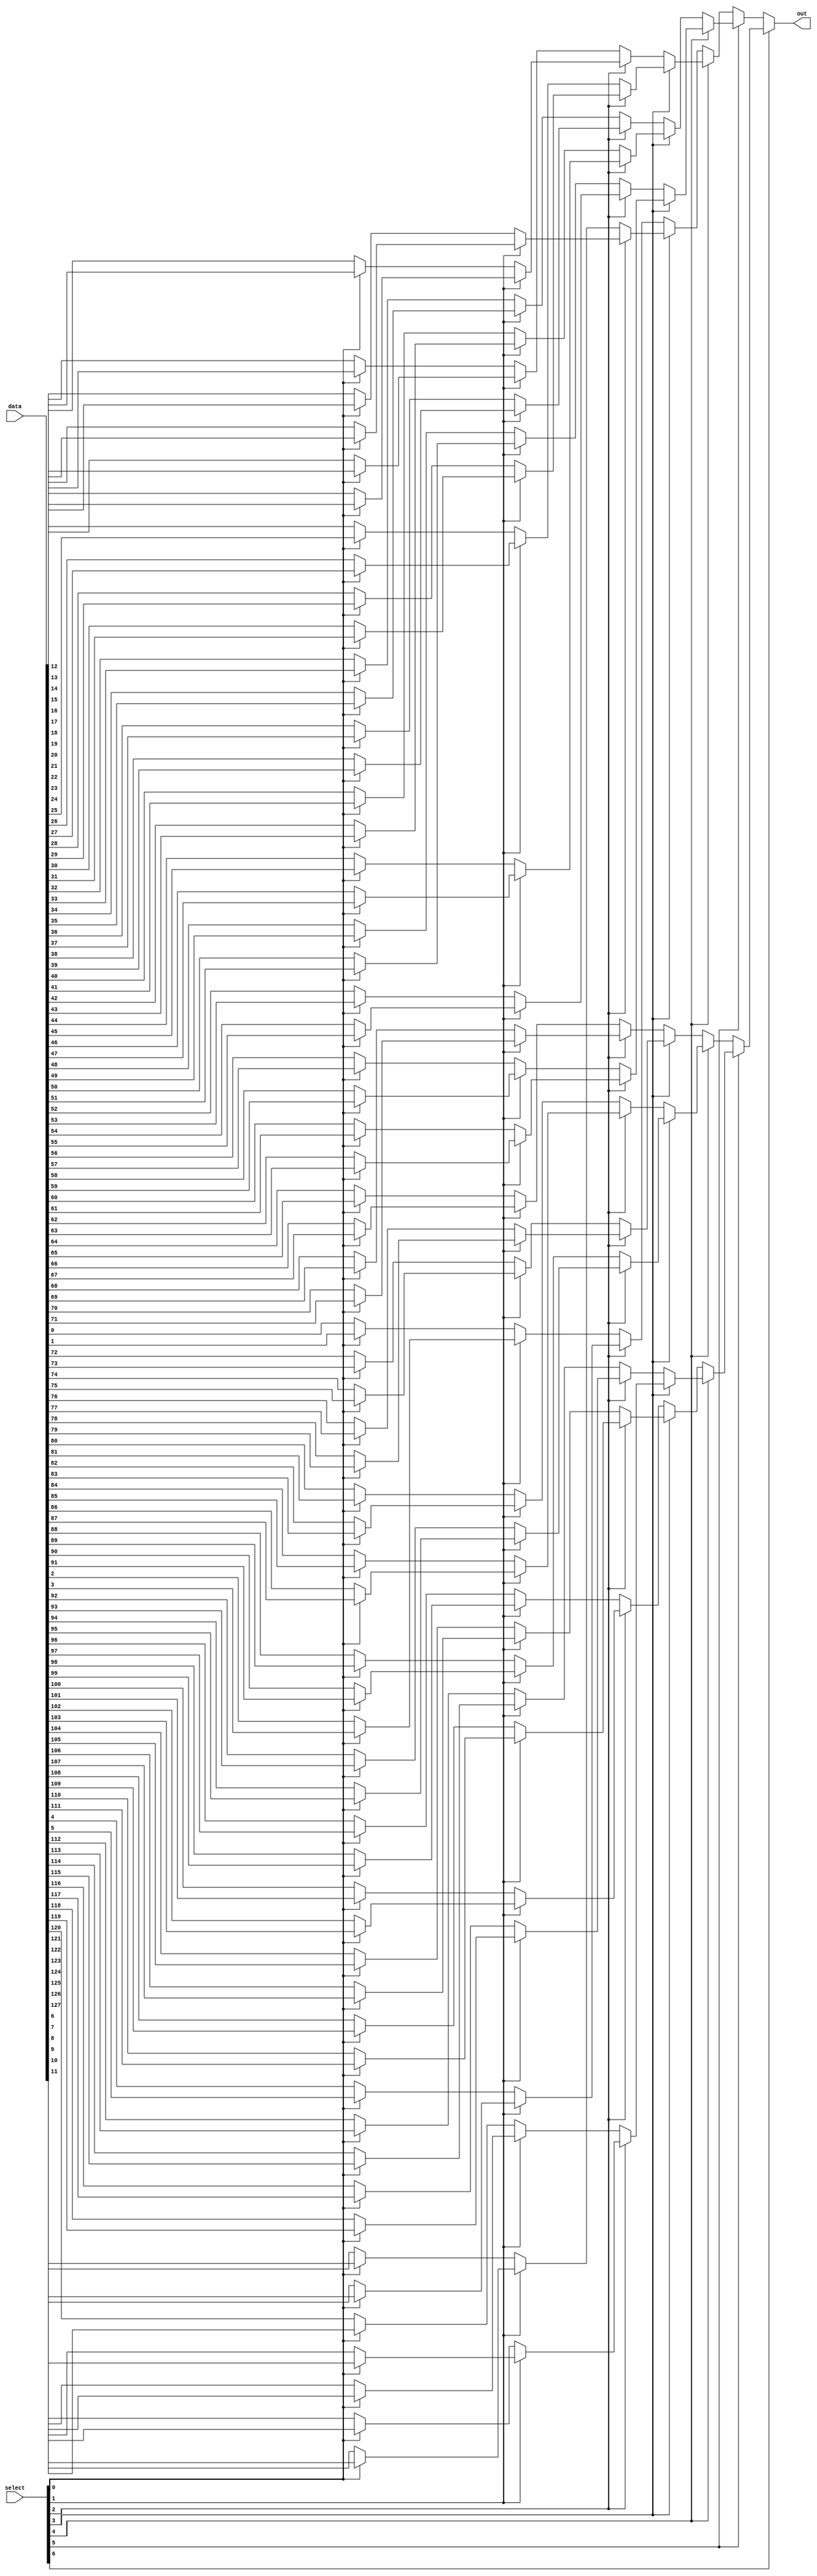
module mux_128to1 (
    input [127:0] data,
    input [6:0] select,
    output reg out
);

reg [127:0] stage1 [127:0];
reg [63:0] stage2 [63:0];
reg [31:0] stage3 [31:0];
reg [15:0] stage4 [15:0];
reg [7:0] stage5 [7:0];
reg [3:0] stage6 [3:0];
reg [1:0] stage7 [1:0];

genvar i;
generate
  for (i=0; i<128; i=i+1) begin: STAGE1
      assign stage1[i] =  data[i];
  end

  for (i=0; i<64; i=i+1) begin: STAGE2
      assign stage2[i] = select[0] ? stage1[i*2+1] : stage1[i*2];
  end

  for (i=0; i<32; i=i+1) begin: STAGE3
      assign stage3[i] = select[1] ? stage2[i*2+1] : stage2[i*2];
  end

  for (i=0; i<16; i=i+1) begin: STAGE4
      assign stage4[i] = select[2] ? stage3[i*2+1] : stage3[i*2];
  end

  for (i=0; i<8; i=i+1) begin: STAGE5
      assign stage5[i] = select[3] ? stage4[i*2+1] : stage4[i*2];
  end

  for (i=0; i<4; i=i+1) begin: STAGE6
      assign stage6[i] = select[4] ? stage5[i*2+1] : stage5[i*2];
  end

  for (i=0; i<2; i=i+1) begin: STAGE7
      assign stage7[i] = select[5] ? stage6[i*2+1] : stage6[i*2];
  end

  always @* begin
      out = select[6] ? stage7[1] : stage7[0];
  end
endgenerate

endmodule